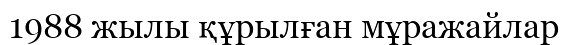
1988 жылы құрылған мұражайлар